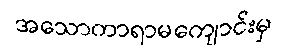
အသောကာရာမကျောင်းမှ